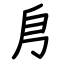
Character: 㐆